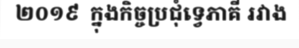
២០១៩  ក្នុងកិច្ចប្រជុំទ្វេភាគី រវាង